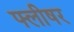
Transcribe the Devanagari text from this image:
फ्लीषर